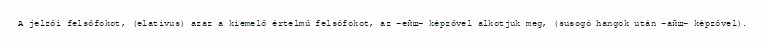
A jelzői felsőfokot, (elativus) azaz a kiemelő értelmű felsőfokot, az -ейш- képzővel alkotjuk meg, (susogó hangok után -айш- képzővel).